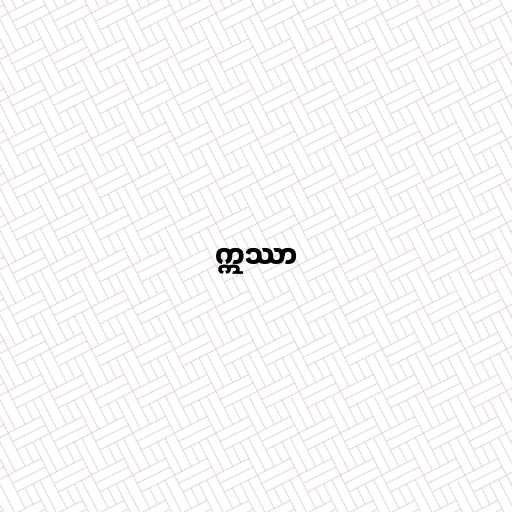
ဣဿာ